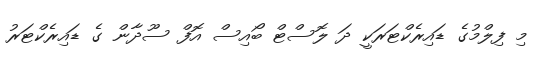
މި ފިލްމުގެ ޑައިރެކްޓަރަކީ ދަ ލޮސްޓް ބޯއިސް އޮފް ސޫދާން ގެ ޑައިރެކްޓަރު